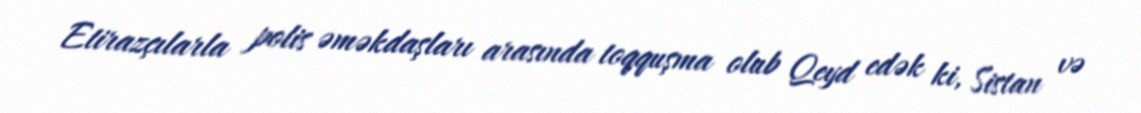
Etirazçılarla polis əməkdaşları arasında toqquşma olub Qeyd edək ki, Sistan və